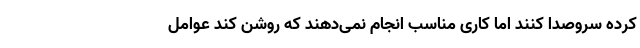
کرده سروصدا کنند اما کاری مناسب انجام نمی‌دهند که روشن کند عوامل